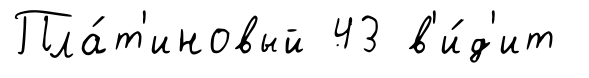
Пла́т'иновый 43 в'и́д'ит